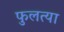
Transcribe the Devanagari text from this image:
फुलत्या